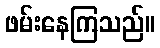
ဖမ်းနေကြသည်။